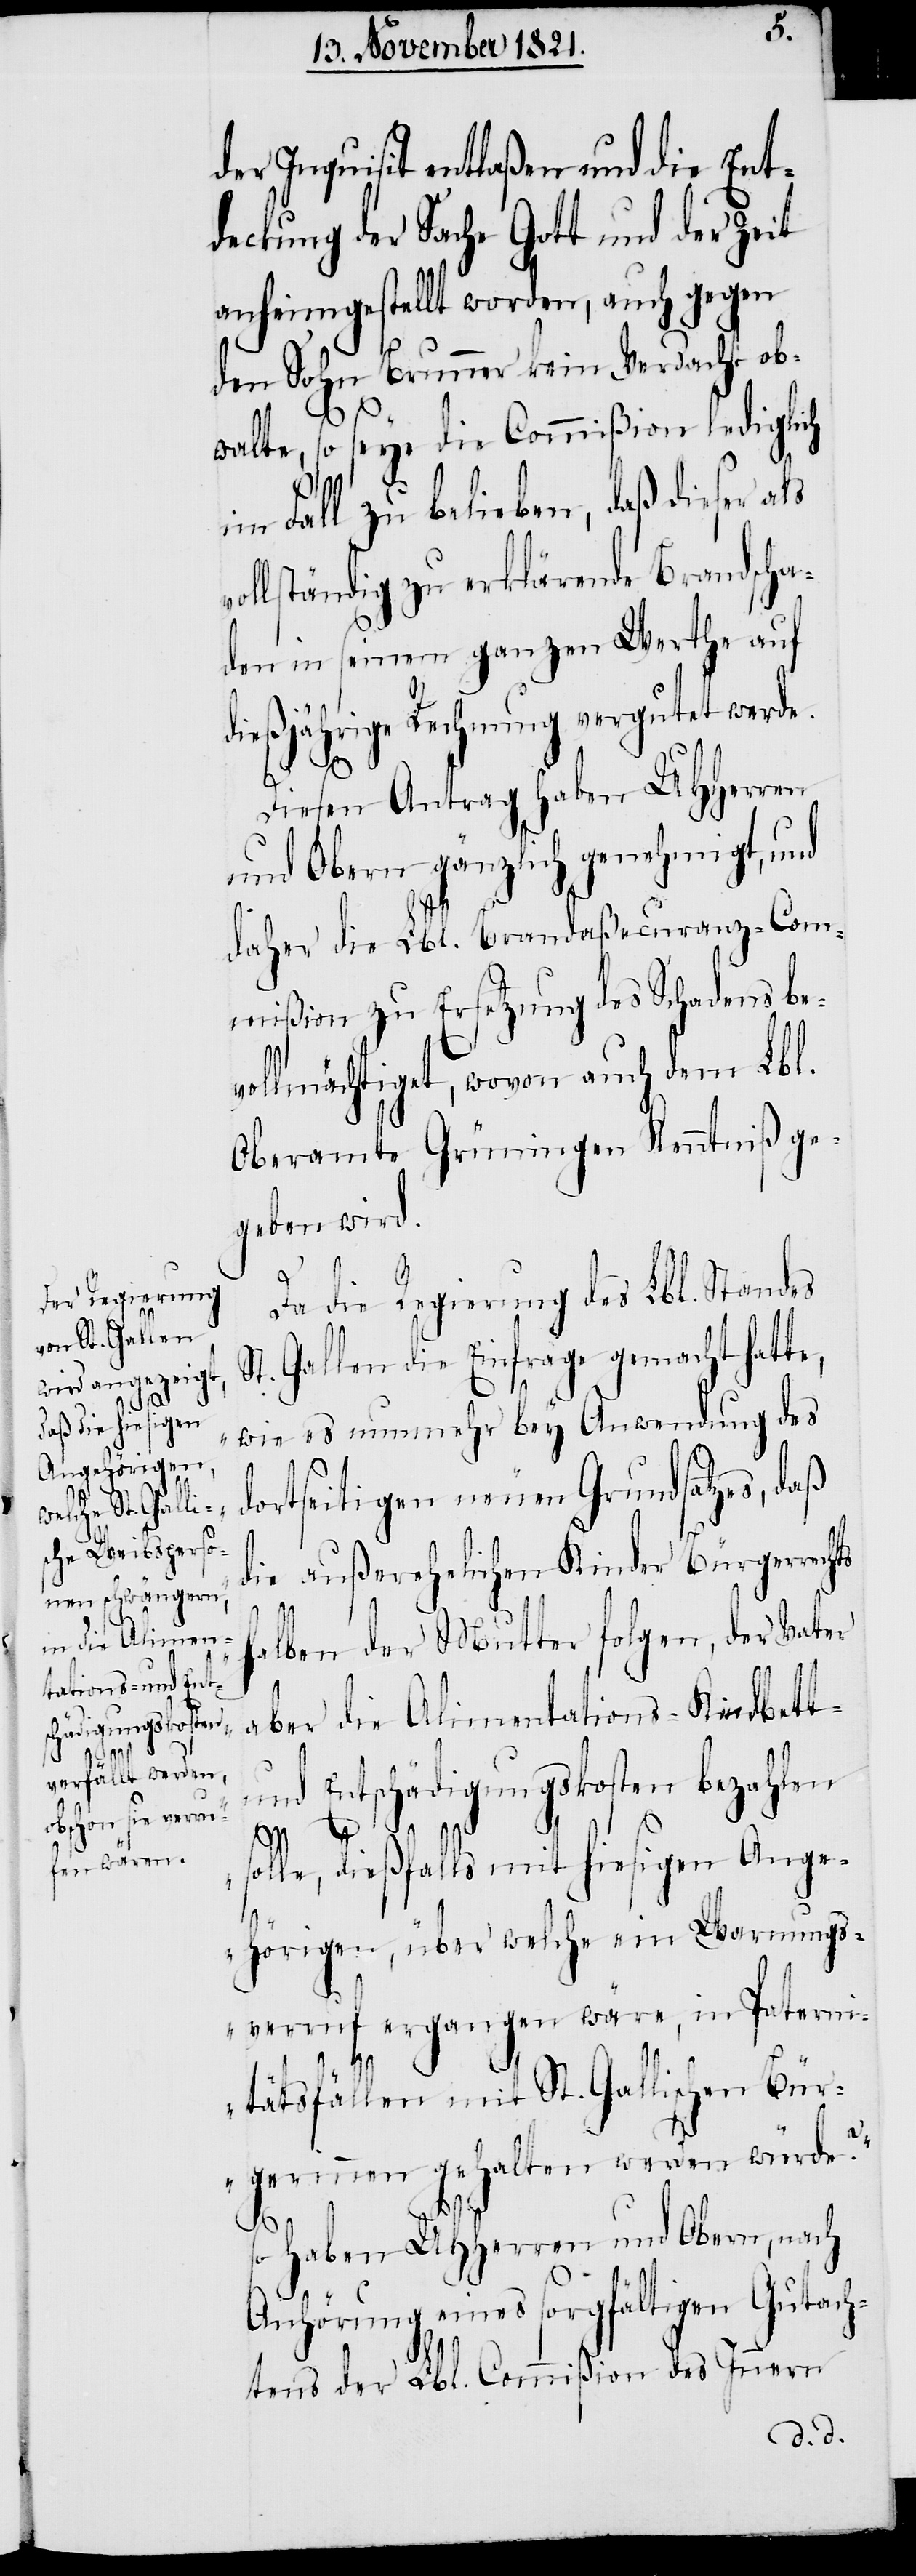
der Inquisit entlaßen und die Ent¬
deckung der Sache Gott und der Zeit
anheimgestellt worden, auch gegen
den Sohn Brunner kein Verdacht ob¬
walte, so seye die Commißion lediglich
im Fall zu belieben, daß dieser als
ollständig zu erklärende Brandscha¬
den in seinem ganzen Werthe auf
dießjährige Rechnung vergütet werde.
Diesen Antrag haben UHHerren
und Obern gänzlich genehmigt, und
daher die Lbl. Brandaßecuranz-Com¬
mißion zu Ersetzung des Schadens bev¬
ollmächtigt, wovon auch dem Lbl.
Oberamte Grüningen Kenntniß ge¬
geben wird.
Da die Regierung des Lbl. Standes
St. Gallen die Einfrage gemacht hatte,
„wie es nunmehr bey Anwendung des
dortseitigen neuen Grundsatzes, daß
die außerehelichen Kinder Bürgerrechts
halben der Mutter folgen, der Vater
aber die Alimentations- Kindbett-
und Entschädigungskosten bezahlen
olle, dießfalls mit hiesigen Ange¬
hörigen, über welche ein Warnungs¬
verruf ergangen wäre, in Paterni¬
s¬
tätsfällen mit St. Gallischen Bür¬
gerinnen gehalten werden würde?“
so haben UHHerren und Obern, nach
Anhörung eines sorgfältigen Gutach¬
tens der Lbl. Commißion des Innern